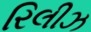
રિલીઝ